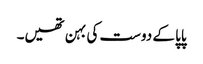
پاپا کے دوست کی بہن تھیں۔